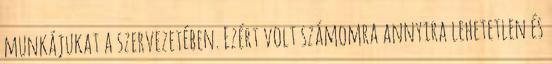
munkájukat a szervezetében. Ezért volt számomra annyira lehetetlen és